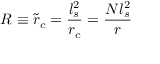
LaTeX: R \equiv \tilde { r } _ { c } = \frac { l _ { s } ^ { 2 } } { r _ { c } } = \frac { N l _ { s } ^ { 2 } } { r }